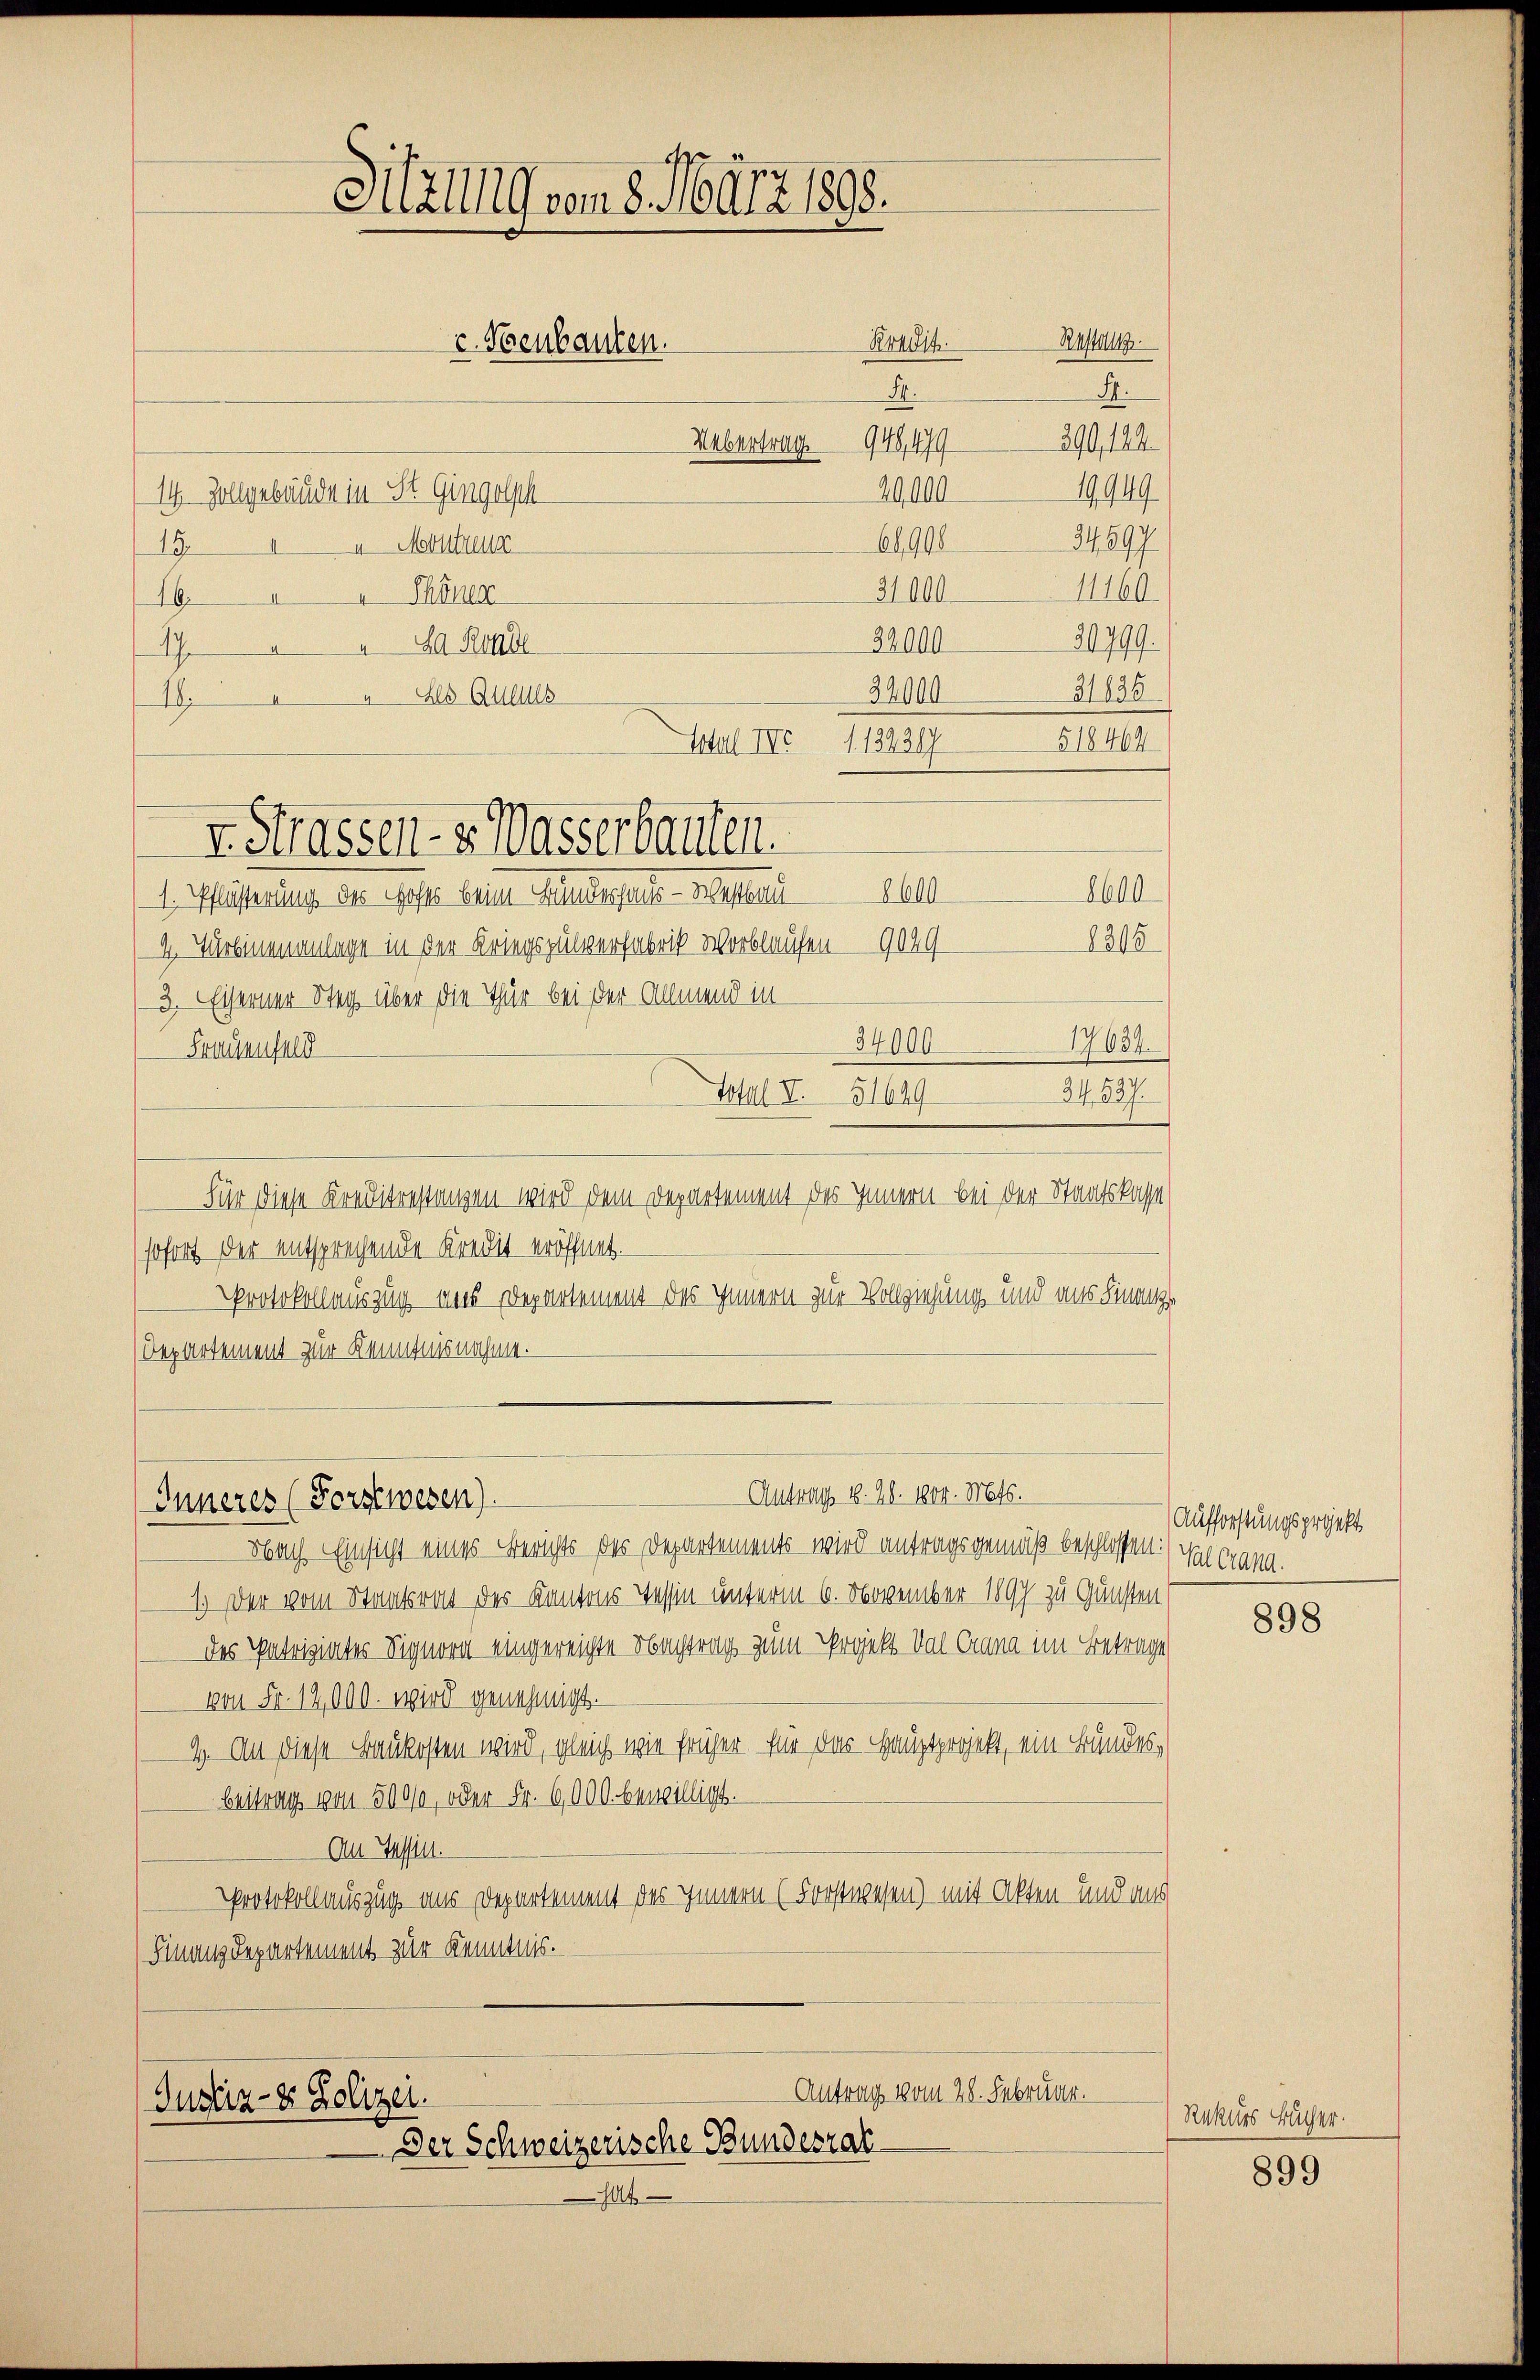
19.
h
1215
4. Türeinenanlage in der Kriegspulverfabrik Wortlaufen — 9029
3. Eiserner Steg über die Thür bei der Allmend in
34000
17634.
Frauenfeld
34. 537.
Total II 51649
Für diese Kreditestanzen wird dem Departement des Innern bei der Staatskasse
sofort der entsprechende Kredit eröffnet.
Protokollauszug ins Departement des Innern zur Vollziehung und aus Finanz
(Departement zur Kenntnisnahme.

8600
1. Pflästerung des Hofes beim Hundersau - Belastend 600

Sitzung vom 8. März 1890.
Rastung
Kradit.
v. Neubauten.
54.
Habentrag. 948,479299,124
29000
14 Zollgebäude in St. Gingolph
34,597
6998
4 Montreux
I
11160
31000
16 Thölen
21799.
32000
8 Rond
31835
34000
18. Les Aus
Istal III 1. 134387
518464
I. Strassen- u. Wasserbauten.

Antrag 1. 28. 1804. Mts.
Inneres (Forstwesen).

Antrag vom 28. Februar.
Justiz- & Polizei.
Der Schweizerische Bundesrat

M.
19949.

Nach Einsicht eines Berichts des Departements wird antragsgemäß beschlossen:/ Val Crana.
1.) Der vom Staatsrat der Kantons Tessin unterm 6. November 1897 zu Gunsten
des Patriziates Signora eingereichte Nachtrag zum Projekt Val Crana im Betrage
von Fr. 12,000. wird genehmigt.
4. An diese Baukosten wird, gleich wie früher für das Hauptprojekt, ein Bundesbeitrag von 500/0, oder Fr. 6000. bewilligt.
An Tessin.
Protokollauszug aus Departement des Innern (Forstwesen) mit Akten und aus
Finanz-Departement zur Kenntnis.

14

Aufforstungsprojekt

898

Rekurs Bücher.

899